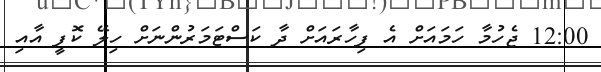
12:00 ޖެހުމާ ހަމައަށް އެ ފިހާރައަށް ދާ ކަސްޓަމަރުންނަށް ހިލޭ ކޮފީ އާއި